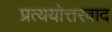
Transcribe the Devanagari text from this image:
प्रत्ययोत्तरवाद